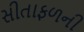
સીતાફળની